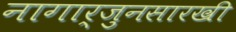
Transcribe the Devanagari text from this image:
नागार्जुनसारखी